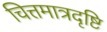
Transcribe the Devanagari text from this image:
चित्तमात्रदृष्टि